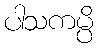
ပါသကမ္ပိ